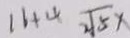
1 6 + 4 2 \sqrt { 5 }